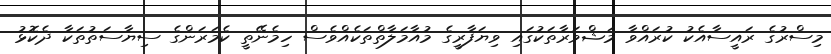
މިސްރުގެ ރައީސާއެކު ކުރައްވާ މަޝްވަރާތަކުގައި ވިޔަފާރީގެ މުއާމަލާތްތަކެއްވެސް ހިމެނޭތީ ކެމަރަންގެ ސިޔާސަތުތަކާ ދެކޮޅު